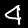
Digit: 4